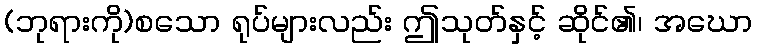
(ဘုရားကို)စသော ရုပ်များလည်း ဤသုတ်နှင့် ဆိုင်၏၊ အဃော